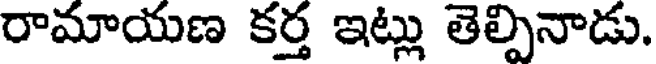
రామాయణ కర్త ఇట్లు తెల్పినాడు.